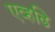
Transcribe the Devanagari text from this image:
एव्हढि